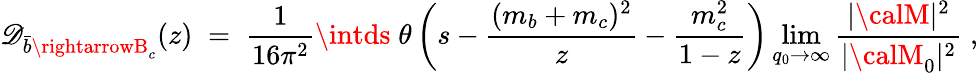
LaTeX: {\mathscr{D}_{{\bar{{b}}}\rightarrowB_{c}}(z)\; =\; {\frac{{1}}{{16\pi^{2}}}}\intds\; \theta\left(s-{\frac{{(m_{b}+m_{c})^{2}}}{{z}}}-{\frac{{m_{c}^{2}}}{{1-z}}}\right)\operatorname*{lim}_{q_{0}\rightarrow\infty}{\frac{{|{\calM}|^{2}}}{{|{\calM}_{0}|^{2}}}}\; ,}